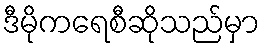
ဒီမိုကရေစီဆိုသည်မှာ